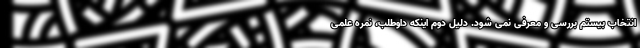
انتخاب بیستم بررسی و معرفی نمی شود. دلیل دوم اینکه داوطلب، نمره علمی